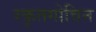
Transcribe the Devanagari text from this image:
रकृतगोविन